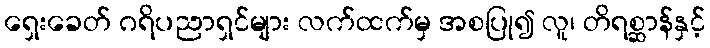
ရှေးခေတ် ဂရိပညာရှင်များ လက်ထက်မှ အစပြု၍ လူ၊ တိရစ္ဆာန်နှင့်